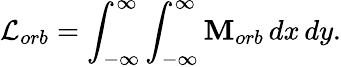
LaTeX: \mathcal{L}_{orb}=\int_{-\infty}^{\infty}\int_{-\infty}^{\infty}\mathbf{M}_{orb}\, dx\, dy.